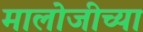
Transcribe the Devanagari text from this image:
मालोजीच्या